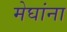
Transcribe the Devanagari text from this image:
मेघांना